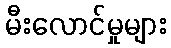
မီးလောင်မှုများ